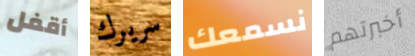
أقفل سريرك نسمعك أخبرتهم